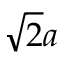
\sqrt { 2 } a